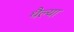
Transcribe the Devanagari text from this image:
थैल्या